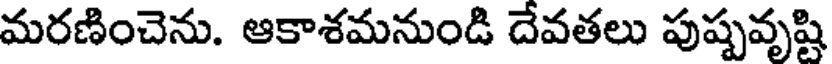
మరణించెను. ఆకాశమనుండి దేవతలు పుష్పవృష్టి